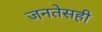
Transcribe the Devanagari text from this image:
जनतेसही